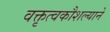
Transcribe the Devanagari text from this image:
वक्तृत्वकौशल्याने